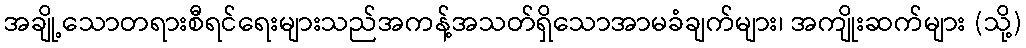
အချို့သောတရားစီရင်ရေးများသည်အကန့်အသတ်ရှိသောအာမခံချက်များ၊ အကျိုးဆက်များ (သို့)